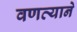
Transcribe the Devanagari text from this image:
वणव्याने